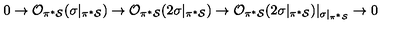
0 \rightarrow { \cal O } _ { \pi ^ { * } { \cal S } } ( \sigma | _ { \pi ^ { * } { \cal S } } ) \rightarrow { \cal O } _ { \pi ^ { * } { \cal S } } ( 2 \sigma | _ { \pi ^ { * } { \cal S } } ) \rightarrow { \cal O } _ { \pi ^ { * } { \cal S } } ( 2 \sigma | _ { \pi ^ { * } { \cal S } } ) | _ { \sigma | _ { \pi ^ { * } { \cal S } } } \rightarrow 0